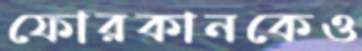
ফোরকানকেও